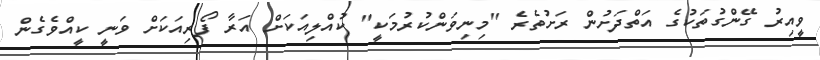
ވީއިރު ގޭންގުތަކުގެ އަތްދަށުން ރަށުތެރެ "މިނިވަންކުރުމަކީ" ކުއްލިއަކަށް އަރާ ފޯރިއަކަށް ވަނީ ކީއްވެގެން